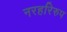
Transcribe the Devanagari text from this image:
नरहरिरुप